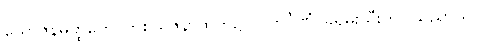
ယောဇနမတ္ထကေ၊ တစ်ယူဇနာထက်၌။ ဝါတိင်္ဂဏံ၊ ခရမ်းသီးကို။ သညာယ၊